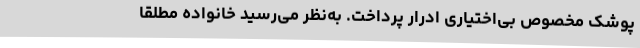
پوشک مخصوص بی‌اختیاری ادرار پرداخت. به‌نظر می‌رسید خانواده مطلقاً